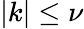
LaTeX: \left\lvert k\right\rvert\le\nu